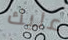
عليك